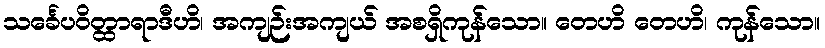
သင်္ခေပဝိတ္ထာရာဒီဟိ၊ အကျဉ်းအကျယ် အစရှိကုန်သော။ တေဟိ တေဟိ၊ ကုန်သော။